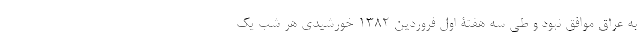
به عراق موافق نبود و طی سه هفتۀ اول فروردین 1382 خورشیدی هر شب یک